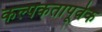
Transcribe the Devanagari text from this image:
कल्पकतापूर्वक